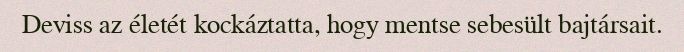
Deviss az életét kockáztatta, hogy mentse sebesült bajtársait.